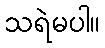
သရဲမပါ။